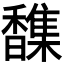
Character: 𫘂